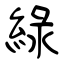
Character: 緑